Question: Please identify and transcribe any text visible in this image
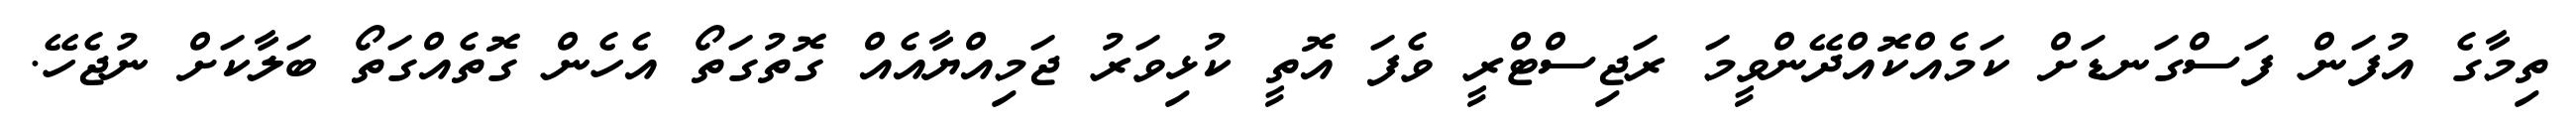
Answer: ތިމާގެ އުފަން ފަސްގަނޑަށް ކަމެއްކޮއްދޭންވީމަ ރަޖިސްޓްރީ ވެފަ އޮތީ ކުޅިވަރު ޖަމިއްޔާއެއް ގޮތުގަތޯ އެހެން ގޮތެއްގަތޯ ބަލާކަށް ނުޖެހޭ.